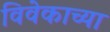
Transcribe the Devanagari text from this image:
विवेकाच्या